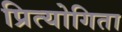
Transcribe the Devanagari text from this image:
प्रित्योगिता